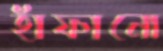
হাঁফানো